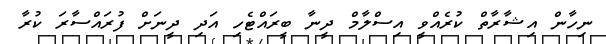
ނިހާން އިޝާރާތް ކުރެއްވީ އިސްލާމް ދީނާ ބީރައްޓެހި އަދި ދީނަށް ފުރައްސާރަ ކުރާ